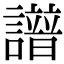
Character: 𧭘